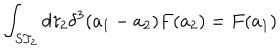
\int _ { S T _ { 2 } } d \tau _ { 2 } \delta ^ { 3 } ( a _ { 1 } - a _ { 2 } ) F ( a _ { 2 } ) = F ( a _ { 1 } )